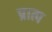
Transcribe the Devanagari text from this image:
प्रात्प